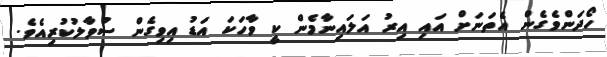
ހޯދަންވެގެން އެތަނަށް އައި އިރު އަލައިނާމެން ކީ ވާހަކަ އަޑު އިވިގެން ސުވާލުކުރިއެވެ.